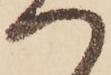
つ